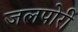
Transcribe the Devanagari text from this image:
जलपोरी